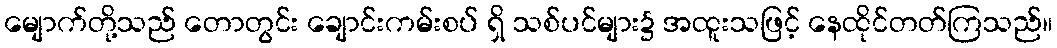
မျောက်တို့သည် တောတွင်း ချောင်းကမ်းစပ် ရှိ သစ်ပင်များ၌ အထူးသဖြင့် နေထိုင်တတ်ကြသည်။